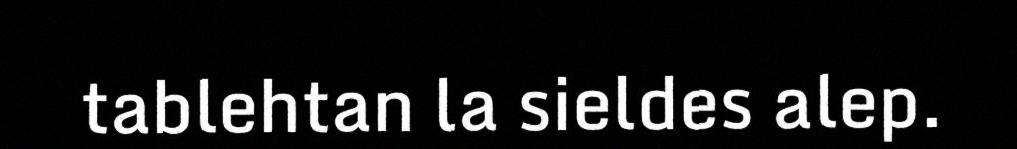
tablehtan la sieldes alep.